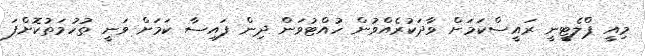
މިއީ ޕްލެޓީނީ ރައީސްކަމަށް ވާދަކުރެއްވުން ހުއްޓުވަން ދިން ފައިސާ ކަމަށް ވަނީ ތުހުމަތުކޮށްފަ